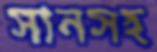
সানসহ